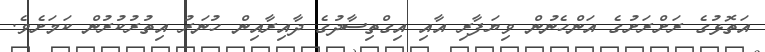
އަތޮޅުގެ ރަށްރަށުގެ އަންހެނުން ވިޔަފާރި އާއި އިގްތިސާދުގެ ދާއިރާއިން ހުނަރު އިތުރުކުރުން ކަމަށެެވެ.